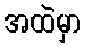
အထဲမှာ